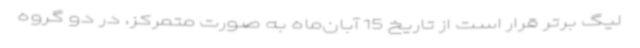
لیگ برتر قرار است از تاریخ 15 آبان‌ماه به صورت متمرکز، در دو گروه